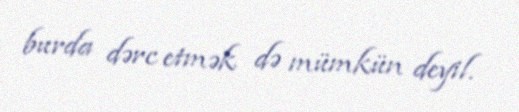
burda dərc etmək də mümkün deyil.